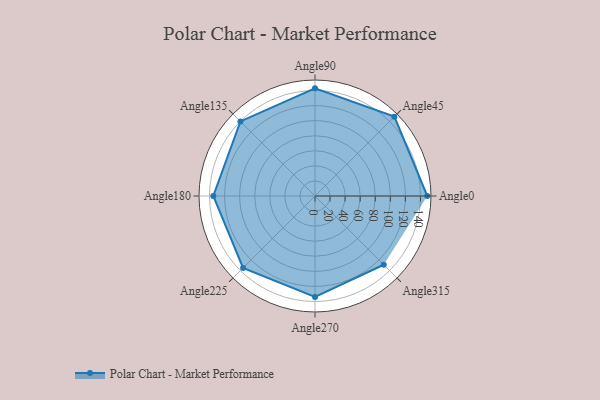
{"axis": {"x": "Angle", "y": "Radius"}, "legend": [""], "data": [{"x": "Angle0", "y": 149.0, "type": ""}, {"x": "Angle45", "y": 149.0, "type": ""}, {"x": "Angle90", "y": 143.0, "type": ""}, {"x": "Angle135", "y": 140.0, "type": ""}, {"x": "Angle180", "y": 135.0, "type": ""}, {"x": "Angle225", "y": 135.0, "type": ""}, {"x": "Angle270", "y": 134.0, "type": ""}, {"x": "Angle315", "y": 129.0, "type": ""}]}